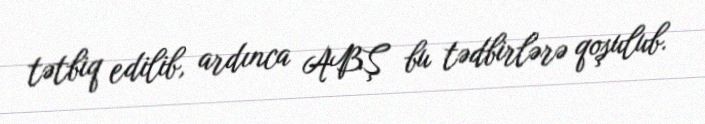
tətbiq edilib, ardınca ABŞ bu tədbirlərə qoşulub.